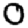
Digit: 0